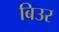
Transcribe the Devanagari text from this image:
बिउर